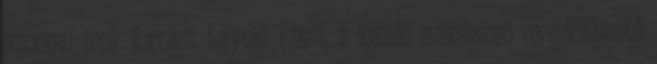
azonnal írok forrást Laycie Phell, a kezdő színésznő megdöbbentő